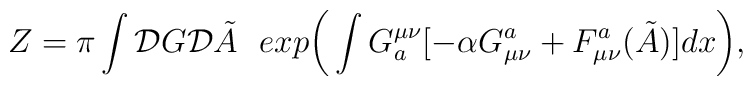
Z=\pi \int {\cal D}G {\cal D} \tilde{A}~~exp \bigg( \int G^{\mu\nu}_a [-\alpha G_{\mu\nu}^a + F_{\mu\nu}^a(\tilde{A})]dx \bigg),